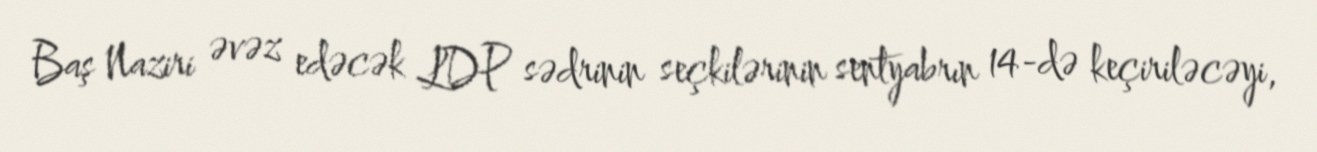
Baş Naziri əvəz edəcək LDP sədrinin seçkilərinin sentyabrın 14-də keçiriləcəyi,